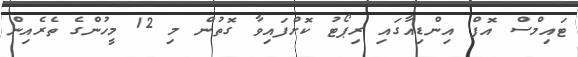
ޓައިމްސް އޮފް އިންޑިއާގައި ރިޕޯޓު ކޮށްފައިވާ ގޮތުން މި 12 މީހުންގެ ތެރެއިން